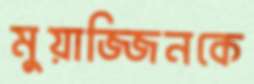
মুয়াজ্জিনকে